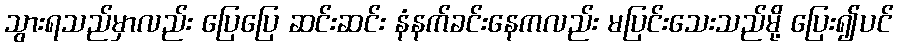
သွားရသည်မှာလည်း ပြေပြေ ဆင်းဆင်း နံနက်ခင်းနေကလည်း မပြင်းသေးသည်မို့ ပြေး၍ပင်